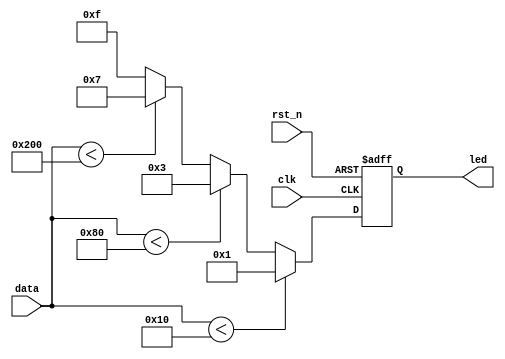
//****************************************Copyright (c)***********************************//
//www.openedv.com
//http://openedv.taobao.com
//""FPGA & STM32
//
//Copyright(C)  2018-2028
//All rights reserved
//----------------------------------------------------------------------------------------
// File name:           led_disp
// Last modified Date:  2018/05/10 16:48:59
// Last Version:        V1.0
// Descriptions:        led
//----------------------------------------------------------------------------------------
// Created by:          
// Created date:        2018/05/10 16:49:07
// Version:             V1.0
// Descriptions:        The original version
//
//----------------------------------------------------------------------------------------
//****************************************************************************************//

module led_disp(
    //system clock
    input                          clk  ,     // 
    input                          rst_n,     // 

    //led interface
    output   reg   [3:0]           led  ,     // led

    //user interface
    input          [9:0]           data       // 
);

//*****************************************************
//**                    main code
//*****************************************************

//led
always @(posedge clk or negedge rst_n) begin
    if(rst_n == 1'b0) begin
        led <=  4'd0;
    end
    else if(data < 10'd16)
        led <= 4'b0001;
    else if(data < 10'd128)
        led <= 4'b0011;
    else if(data < 10'd512)
        led <= 4'b0111;
    else
        led <= 4'b1111;
end

endmodule